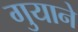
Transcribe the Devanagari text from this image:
गुयाने